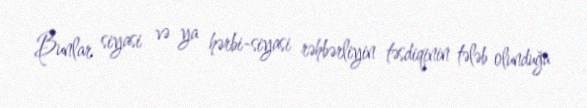
Bunlar siyasi və ya hərbi-siyasi rəhbərliyin təsdiqinin tələb olunduğu